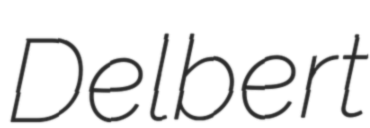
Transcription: Delbert